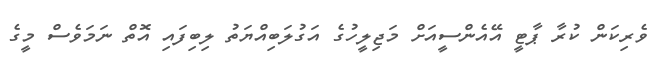
ވެރިކަން ކުރާ ޕާޓީ އޭއެންސީއަށް މަޖިލީހުގެ އަގުލަބިއްޔަތު ލިބިފައި އޮތް ނަމަވެސް މީގެ